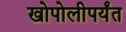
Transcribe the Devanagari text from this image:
खोपोलीपर्यंत